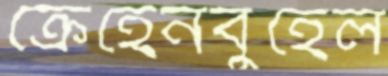
ক্রেহেনবুহেল